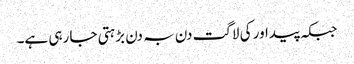
جبکہ پیداور کی لاگت دن بہ دن بڑہتی جا رہی ہے۔